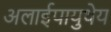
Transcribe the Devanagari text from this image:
अलाईपायुथेय